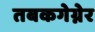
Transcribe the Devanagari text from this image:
तबकगेग्नेर